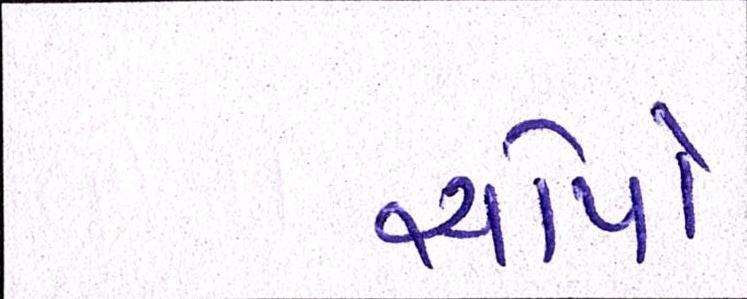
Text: સોપો